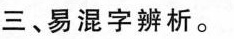
三、易混字辨析。